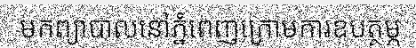
មកព្យាបាលនៅភ្នំពេញក្រោមការឧបត្ថម្ភ